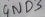
Text: GND3